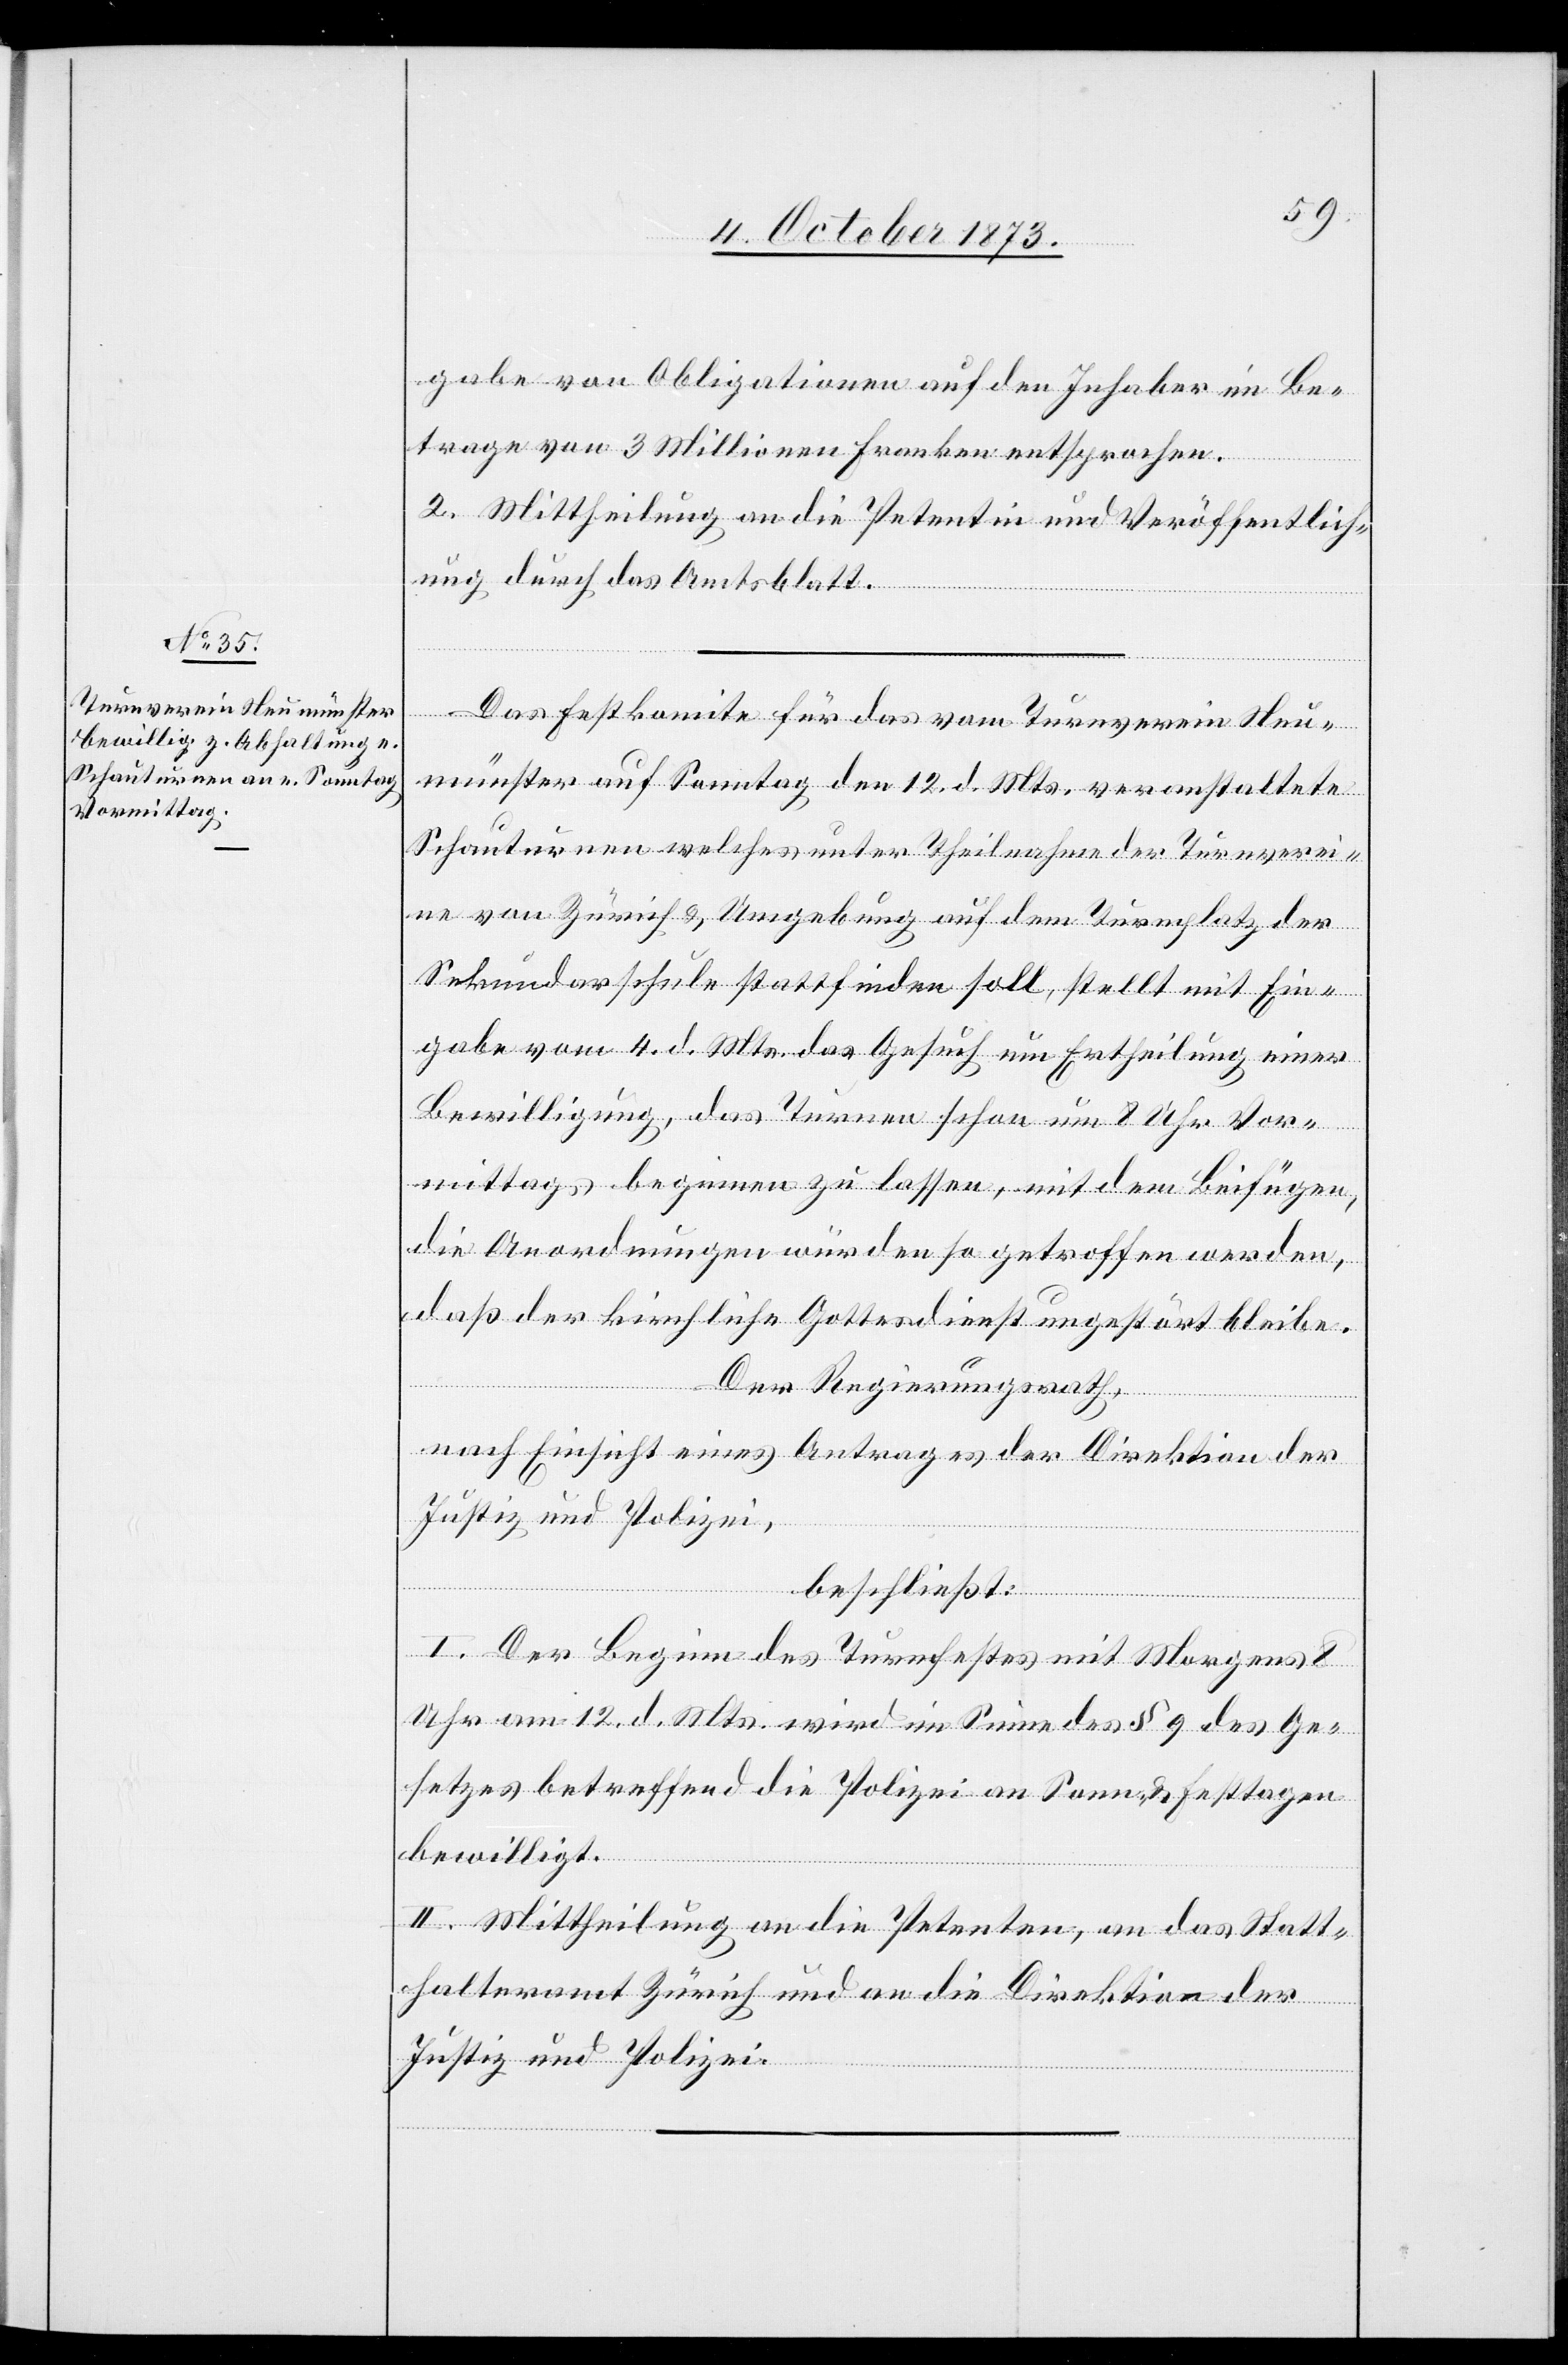
6. October 1873.]
gabe von Obligationen auf den Inhaber im Be¬
trage von 3 Millionen Franken entsprochen.
2. Mittheilung an die Petentin und Veröffentlich¬
ung durch das Amtsblatt.
Das Festkomite für das vom Turnverein Neu¬
münster auf Sonntag den 12. d. Mts. veranstaltete
Schauturnen welches unter Theilnahme der Turnverei¬
ne von Zürich & Umgebung auf dem Turnplatz der
Sekundarschule stattfinden soll, stellt mit Ein¬
gabe vom 4. d. Mts. das Gesuch um Ertheilung einer
Bewilligung, das Turnen schon um 8 Uhr Vor¬
mittags beginnen zu lassen, mit dem Beifügen,
die Anordnungen würden so getroffen werden,
daß der kirchliche Gottesdienst ungestört bleibe.
Der Regierungsrath,
nach Einsicht eines Antrages der Direktion der
Justiz und Polizei,
beschließt:
I. Der Beginn des Turnfestes mit Morgens 8
Uhr am 12. d. Mts. wird im Sinne des § 9 des Ge¬
setzes betreffend die Polizei an Sonn- & Festtagen
bewilligt.
II. Mittheilung an die Petenten, an das Statt¬
halteramt Zürich und an die Direktion der
Justiz und Polizei.